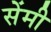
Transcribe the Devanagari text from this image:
सेेंमी